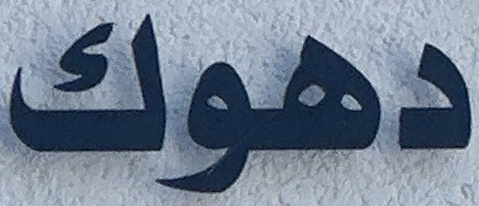
دهوك